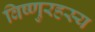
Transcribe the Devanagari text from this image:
विष्णुरहस्य